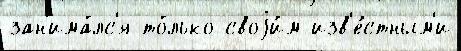
зан'има́лс'я то́лько своjи́м изв'е́стным'и